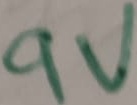
Text: 9V